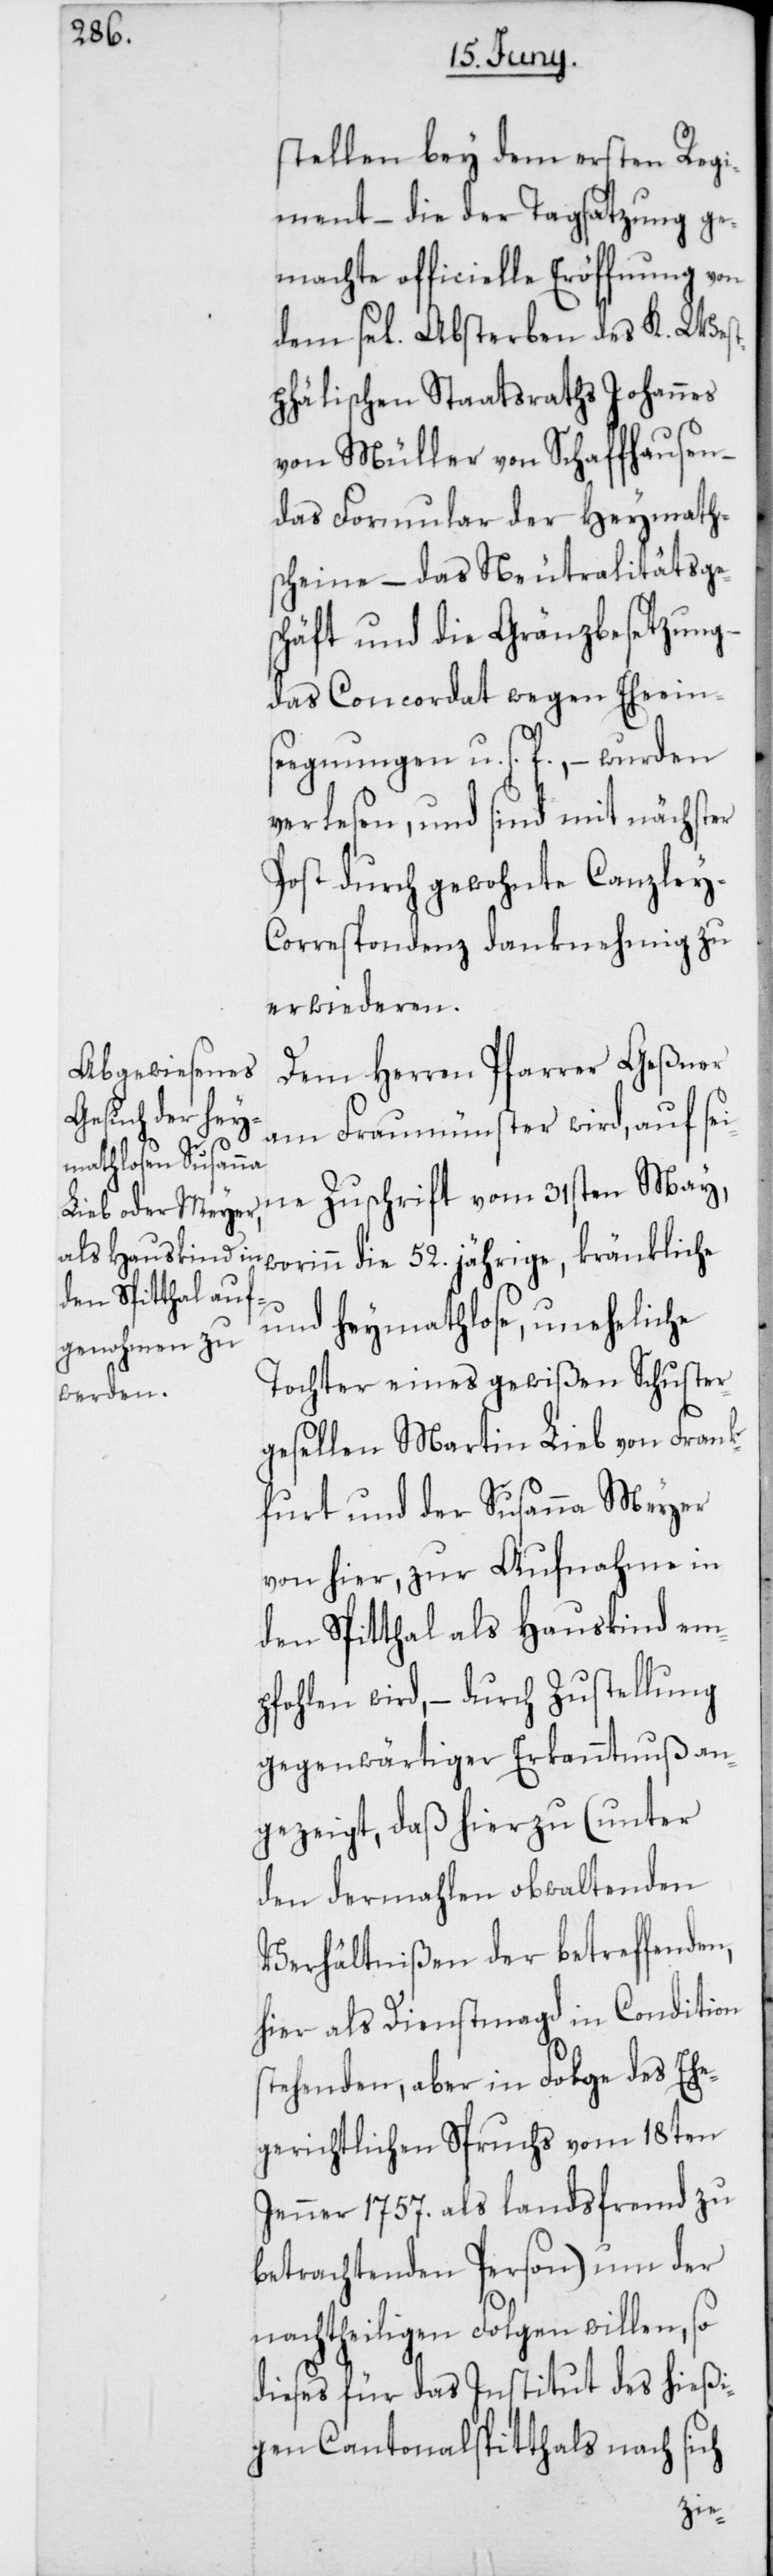
stellen bey dem ersten Regi¬
ment – die der Tagsatzung ge¬
machte officielle Eröffnung von
dem sel. Absterben des K. Wes¬
tphälischen Staatsraths Johannes
von Müller von Schaffhausen –
das Formular der Heymaths¬
cheine – das Neutralitätsges¬
chäft und die Gränzbesetzung –
das Concordat wegen Ehe-Ein¬
segnungen u. s. f., – wurden
verlesen, und sind mit nächster
Post durch gewohnte Canzley-C¬
orrespondenz danknehmig zu
erwiederen.
Dem Herren Pfarrer Geßner
am Fraumünster wird, auf sei¬
worinn die 52. jährige, kränkliche
und heymathlose, uneheliche
Tochter eines gewißen Schuster¬
gesellen Martin Lieb von Frank¬
furt und der Susanna Meyer
von hier, zur Aufnahme in
den Spitthal als Hauskind em¬
pfohlen wird, – durch Zustellung
gegenwärtiger Erkanntnuß an¬
gezeigt, daß hierzu (unter
den dermahlen obwaltenden
Verhältnißen der betreffenden,
hier als Dienstmagd in Condition
stehenden, aber in Folge des ehe¬
gerichtlichen Spruchs vom 18ten
Jenner 1757. als landsfremd zu
betrachtenden Person) um der
ne
nachtheiligen Folgen willen, so
dieses für das Institut des hießi¬
gen Cantonalspitthals nach sich